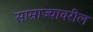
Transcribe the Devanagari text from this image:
साम्राज्यावरील